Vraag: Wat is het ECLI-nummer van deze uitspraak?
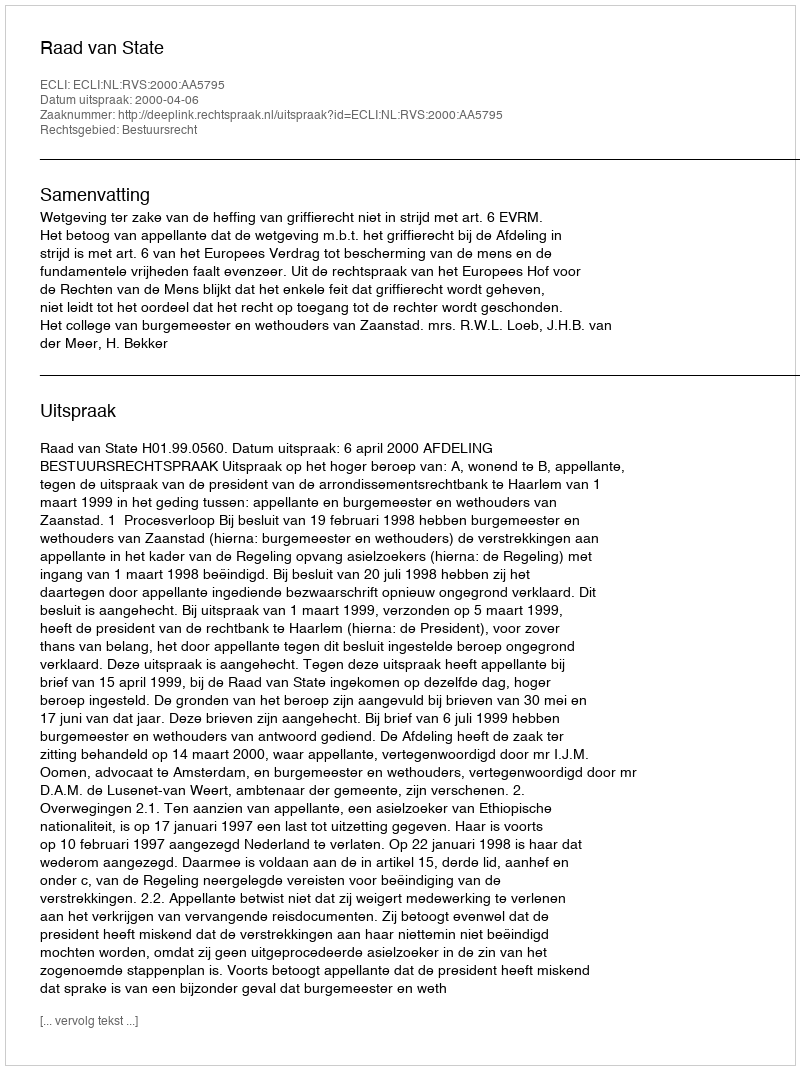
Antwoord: ECLI:NL:RVS:2000:AA5795